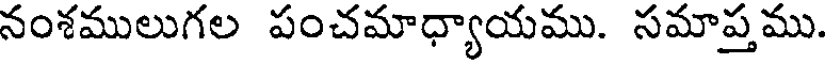
నంశములుగల పంచమాధ్యాయము. సమాప్తము.